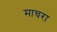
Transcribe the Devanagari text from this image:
माचरा